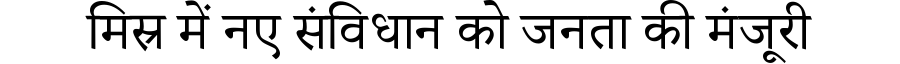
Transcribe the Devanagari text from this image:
मिस्र में नए संविधान को जनता की मंजूरी